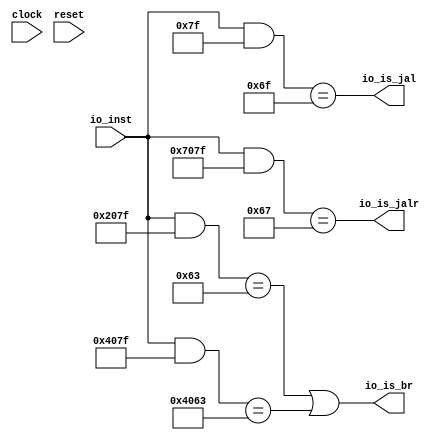
module BranchDecode(
  input   clock,
  input   reset,
  input  [31:0] io_inst,
  output  io_is_br,
  output  io_is_jal,
  output  io_is_jalr
);
  wire [31:0] _T_11;
  wire  _T_13;
  wire [31:0] _T_15;
  wire  _T_17;
  wire  bpd_csignals_0;
  wire [31:0] _T_21;
  wire  _T_23;
  wire [31:0] _T_26;
  wire  _T_28;
  assign io_is_br = bpd_csignals_0;
  assign io_is_jal = _T_23;
  assign io_is_jalr = _T_28;
  assign _T_11 = io_inst & 32'h207f;
  assign _T_13 = _T_11 == 32'h63;
  assign _T_15 = io_inst & 32'h407f;
  assign _T_17 = _T_15 == 32'h4063;
  assign bpd_csignals_0 = _T_13 | _T_17;
  assign _T_21 = io_inst & 32'h7f;
  assign _T_23 = _T_21 == 32'h6f;
  assign _T_26 = io_inst & 32'h707f;
  assign _T_28 = _T_26 == 32'h67;
endmodule